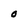
Character: O